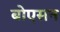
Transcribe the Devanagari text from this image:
बोएसन